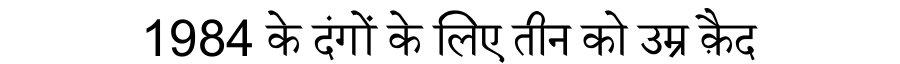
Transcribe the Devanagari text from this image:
1984 के दंगों के लिए तीन को उम्र क़ैद